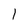
Character: 1